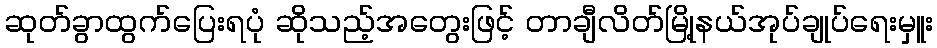
ဆုတ်ခွာထွက်ပြေးရပုံ ဆိုသည့်အတွေးဖြင့် တာချီလိတ်မြို့နယ်အုပ်ချုပ်ရေးမှူး